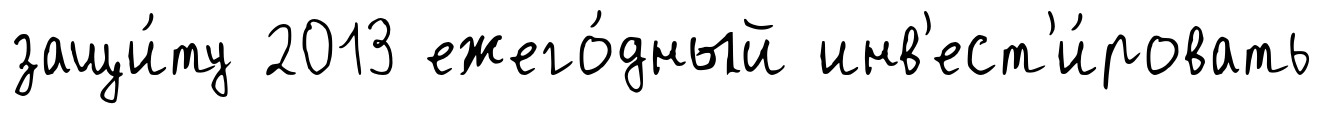
защи́ту 2013 ежего́дный инв'ест'и́ровать